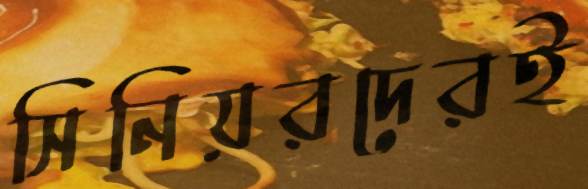
সিনিয়রদেরই